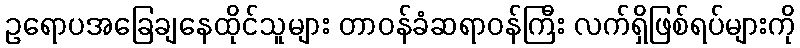
ဥရောပအခြေချနေထိုင်သူများ တာဝန်ခံဆရာဝန်ကြီး လက်ရှိဖြစ်ရပ်များကို